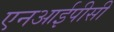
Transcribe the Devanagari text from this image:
एनआईपीसी